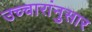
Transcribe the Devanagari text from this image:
उच्चारांनुसार